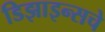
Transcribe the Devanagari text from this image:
डिझाइन्सचे